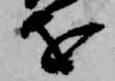
を